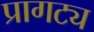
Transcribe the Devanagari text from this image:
प्रागट्य